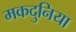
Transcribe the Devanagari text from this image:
मकदुनिया